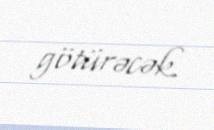
götürəcək.